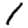
Digit: 1